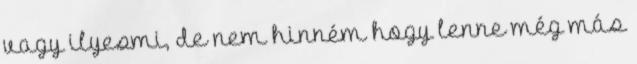
vagy ilyesmi, de nem hinném hogy lenne még más